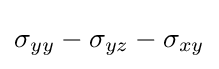
\sigma _{yy}-\sigma _{yz}-\sigma _{xy}